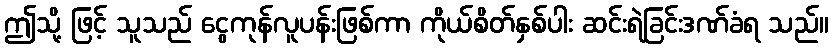
ဤသို့ ဖြင့် သူသည် ငွေကုန်လူပန်းဖြစ်ကာ ကိုယ်စိတ်နှစ်ပါး ဆင်းရဲခြင်းဒဏ်ခံရ သည်။